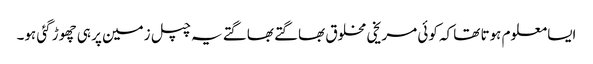
ایسا معلوم ہوتا تھا کہ کوئی مریخی مخلوق بھاگتے بھاگتے یہ چپل زمین پر ہی چھوڑ گئی ہو۔